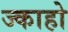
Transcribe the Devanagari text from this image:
ज्काहो